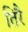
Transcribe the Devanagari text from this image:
तिरै